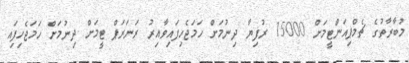
މުބާރާތުގެ ޗެމްޕިއަންޓީމަށް 15000 ރުފިޔާ ދިނުމަށް ހަމަޖެހިފައިވާއިރު ރަނަރަޕް ޓީމަށް ދިނުމަށް ހަމަޖެހިފަިއ